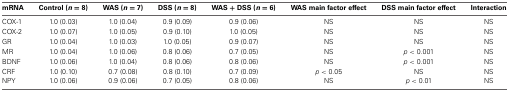
<table><thead><tr><td><b>mRNA</b></td><td><b>Control (<i>n</i> = 8)</b></td><td><b>WAS (<i>n</i> = 7)</b></td><td><b>DSS (<i>n</i> = 8)</b></td><td><b>WAS + DSS (<i>n</i> = 6)</b></td><td><b>WAS main factor effect</b></td><td><b>DSS main factor effect</b></td><td><b>Interaction</b></td></tr></thead><tbody><tr><td>COX-1</td><td>1.0 (0.03)</td><td>1.0 (0.04)</td><td>0.9 (0.09)</td><td>0.9 (0.06)</td><td>NS</td><td>NS</td><td>NS</td></tr><tr><td>COX-2</td><td>1.0 (0.07)</td><td>1.0 (0.05)</td><td>0.9 (0.10)</td><td>1.0 (0.05)</td><td>NS</td><td>NS</td><td>NS</td></tr><tr><td>GR</td><td>1.0 (0.04)</td><td>1.0 (0.03)</td><td>1.0 (0.05)</td><td>0.9 (0.07)</td><td>NS</td><td>NS</td><td>NS</td></tr><tr><td>MR</td><td>1.0 (0.04)</td><td>1.0 (0.06)</td><td>0.8 (0.06)</td><td>0.7 (0.05)</td><td>NS</td><td><i>p</i> &lt; 0.001</td><td>NS</td></tr><tr><td>BDNF</td><td>1.0 (0.06)</td><td>1.0 (0.04)</td><td>0.8 (0.06)</td><td>0.8 (0.06)</td><td>NS</td><td><i>p</i> &lt; 0.001</td><td>NS</td></tr><tr><td>CRF</td><td>1.0 (0.10)</td><td>0.7 (0.08)</td><td>0.8 (0.10)</td><td>0.7 (0.09)</td><td><i>p</i> &lt; 0.05</td><td>NS</td><td>NS</td></tr><tr><td>NPY</td><td>1.0 (0.06)</td><td>0.9 (0.06)</td><td>0.7 (0.05)</td><td>0.8 (0.06)</td><td>NS</td><td><i>p</i> &lt; 0.01</td><td>NS</td></tr></tbody></table>